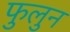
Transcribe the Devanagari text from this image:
फुलुन